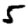
Digit: 5